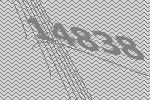
14838